Leaving Certificate, 1896
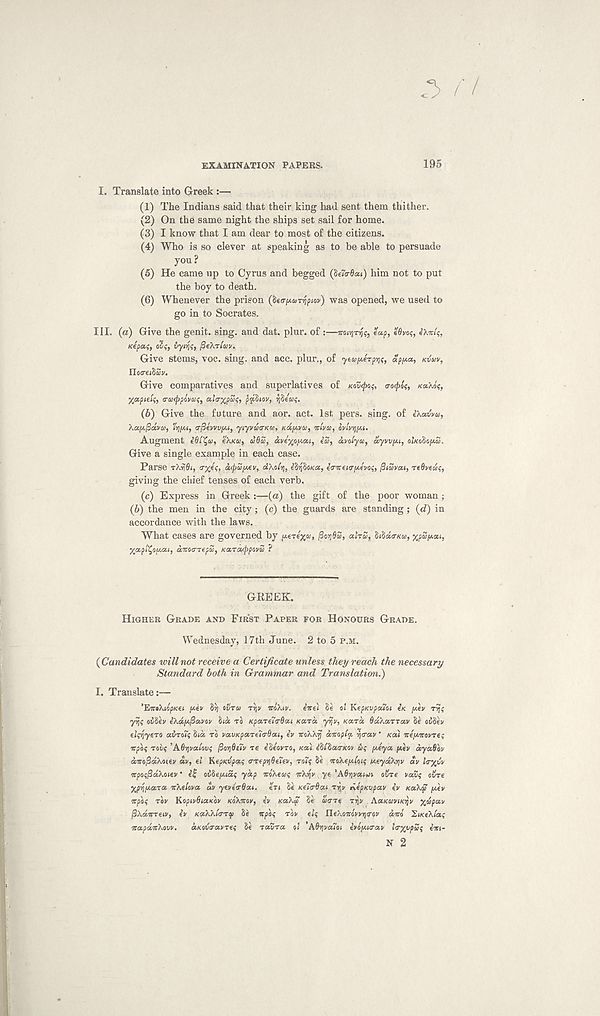
EXAMINATION PAPERS.
195
I. Translate into Greek :—
(1) The Indians said that their king had sent them thither.
(2) On the same night the ships set sail for home.
(3) I know that I am dear to most of the citizens.
(4) Who is so clever at speaking as to be able to persuade
you?
(5) He came up to Cyrus and begged (beTa-dai) him not to put
the boy to death.
(6) Whenever the prison
was opened, we used to
go in to Socrates.
III. (a) Give the genit. sing, and dat. plur. of:—eap, sflvo?, eXw/?,
Kepai;, ov;, vyrfs, fie'ATiav.
Give stems, voc. sing, and acc. plur., of ytuperprii;, <5pun, KVUV,
Yloa-ei^Zv.
Give comparatives and superlatives of KOVQOS, o-ocph;, /caXo'<,
yfltpie'u;, trucppoiiz^ ala-^pZ^, piphov,
(b) Give the future and aor. act. 1st pers. sing, of ikavva,
ka[A^eiva>,
a-fiewvft.1, yiyvua-KW, Kay.vco, •Kivu, ovlvviy.i.
Augment iOi^u, e'AKa, U6U, «»€%o^ai, e’S, avoiyu, ctyvvpu, oiKoio^u.
Give a single example in each case.
Parse TkiiOl, 0-%e$> oi(pu[^ev, dkofy, e8i)8«K06, eVirew/Aevo?, fliuvou, TtOveui;,
giving the ciiief tenses of each verb.
(c) Express in Greek:—(a) the gift of the poor woman ;
(b) the men in the city ; (c) the guards are standing; (eZ) in
accordance with the laws.
What cases are governed by pezkxu, (Zorfiu, ahu, 8i$d<r/<u,
XapltyiAou, dmixTepu, Ka.Touppwu ?
GREEK.
HIGHER GRADE AND FIRST PAPER FOR HONOURS GRADE.
Wednesday, 17th June. 2 to 5 P.M.
{Candidates will not receive a Certificate unless they reach the necessary
Standard both in Grammar and Translation^)
I. Translate:—
'EKtkiopKei y.ev 85) ovru rijv KOAIV. tire) 8e oi KepKvpcaot IK fiv ri}?
yijt; ov^ev eAd.iAfia.vov 8ta TO Kpa.'reiix&a.i Kara, yvjv, Kara. OdAarrav Se o88ei/
eirfyero avroif 8id TO vau/cpareiirdai, e’v KoAAjf aKopta. vjtrav' Koii KIIAKOVTO;
Kpof rot/f ’AOijvai'ovf fiorjOeiv re eSeovro, /cost etitarKOy &<; fiya fAev dyadov
aKofidkoiev dv, el KepKupag crrep^SeTev, roif Se KoAefioic; veydAyv dv l<r%vv
KpoqfidAoiev * et; oibefAidf yap KOAewq KArjv ye 'Adr/vaiui afire vaZq afire
yfi/Aara KAelava av yeverdai. eri 8e KeTrdat rrt v depKvpav ev Ka.Au fAev
Kp'oq rov KopivBiaKov KOAKOV, ev KaAS 8e uare rr,v AaKuviKrjv yupav
fiAdvreiv, ev KaAAlrrcp 8e Kpoq rov elq U.eAoKovvif<rov dm HiKeAtaq
KapaKAovv.
aKOvravreq Se ravra pi A^vaioi evofAitrav !<r%vp2$ eiti-